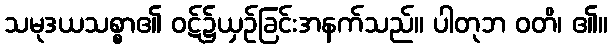
သမုဒယသစ္စာ၏ ဝဋ်၌ယှဉ်ခြင်းအနက်သည်။ ပါတုဘ ဝတိ၊ ၏။